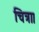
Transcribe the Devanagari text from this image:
चित्रा।